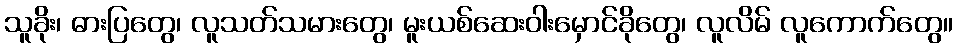
သူခိုး၊ ဓားပြတွေ၊ လူသတ်သမားတွေ၊ မူးယစ်ဆေးဝါးမှောင်ခိုတွေ၊ လူလိမ် လူကောက်တွေ။